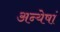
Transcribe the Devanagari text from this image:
अन्येषां